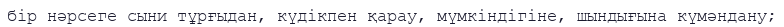
бір нәрсеге сыни тұрғыдан, күдікпен қарау, мүмкіндігіне, шындығына күмәндану;